Indian journal of veterinary science and animal husbandry - Volumes 24-25, 1954-1955
Year: 1954
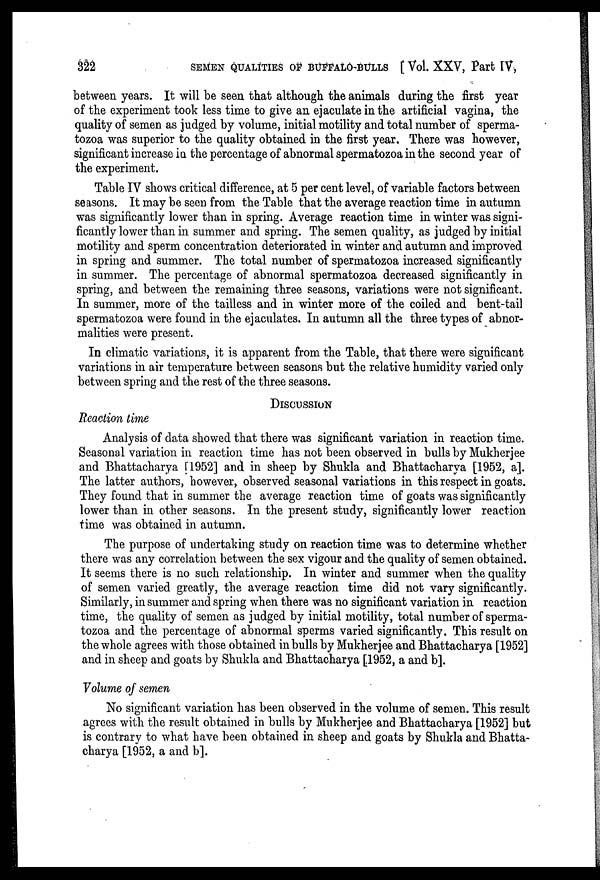
322
SEMEN QUALITIES OF BUFFALO-BULLS [ Vol. XXV, Part IV,
between years. It will be seen that although the animals during the first year
of the experiment took less time to give an ejaculate in the artificial vagina, the
quality of semen as judged by volume, initial motility and total number of sperma-
tozoa was superior to the quality obtained in the first year. There was however,
significant increase in the percentage of abnormal spermatozoa in the second year of
the experiment.
Table IV shows critical difference, at 5 per cent level, of variable factors between
seasons. It may be seen from the Table that the average reaction time in autumn
was significantly lower than in spring. Average reaction time in winter was signi-
ficantly lower than in summer and spring. The semen quality, as judged by initial
motility and sperm concentration deteriorated in winter and autumn and improved
in spring and summer. The total number of spermatozoa increased significantly
in summer. The percentage of abnormal spermatozoa decreased significantly in
spring, and between the remaining three seasons, variations were not significant.
In summer, more of the tailless and in winter more of the coiled and bent-tail
spermatozoa were found in the ejaculates. In autumn all the three types of abnor-
malities were present.
In climatic variations, it is apparent from the Table, that there were significant
variations in air temperature between seasons but the relative humidity varied only
between spring and the rest of the three seasons.
DISCUSSION
Reaction time
Analysis of data showed that there was significant variation in reaction time.
Seasonal variation in reaction time has not been observed in bulls by Mukherjee
and Bhattacharya [1952] and in sheep by Shukla and Bhattacharya [1952, a].
The latter authors, however, observed seasonal variations in this respect in goats.
They found that in summer the average reaction time of goats was significantly
lower than in other seasons. In the present study, significantly lower reaction
time was obtained in autumn.
The purpose of undertaking study on reaction time was to determine whether
there was any correlation between the sex vigour and the quality of semen obtained.
It seems there is no such relationship. In winter and summer when the quality
of semen varied greatly, the average reaction time did not vary significantly.
Similarly, in summer and spring when there was no significant variation in reaction
time, the quality of semen as judged by initial motility, total number of sperma-
tozoa and the percentage of abnormal sperms varied significantly. This result on
the whole agrees with those obtained in bulls by Mukherjee and Bhattacharya [1952]
and in sheep and goats by Shukla and Bhattacharya [1952, a and b].
Volume of semen
No significant variation has been observed in the volume of semen. This result
agrees with the result obtained in bulls by Mukherjee and Bhattacharya [1952] but
is contrary to what have been obtained in sheep and goats by Shukla and Bhatta-
charya [1952, a and b].